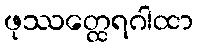
ဖုဿတ္ထေရဂါထာ